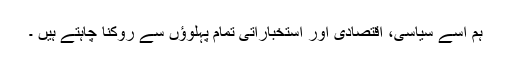
ہم اسے سیاسى، اقتصادى اور استخباراتى تمام پہلوؤں سے روکنا چاہتے ہیں ۔